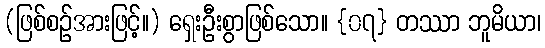
(ဖြစ်စဉ်အားဖြင့်။) ရှေးဦးစွာဖြစ်သော။ {၀၇} တဿာ ဘူမိယာ၊